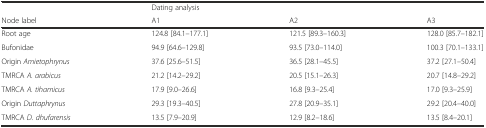
|  | <COLSPAN=3> Dating analysis |
 | Node label | A1 | A2 | A3 |
 | --- | --- | --- | --- |
 | Root age | 124.8 [84.1–177.1] | 121.5 [89.3–160.3] | 128.0 [85.7–182.1] |
 | Bufonidae | 94.9 [64.6–129.8] | 93.5 [73.0–114.0] | 100.3 [70.1–133.1] |
 | Origin Amietophrynus | 37.6 [25.6–51.5] | 36.5 [28.1–45.5] | 37.2 [27.1–50.4] |
 | TMRCA A. arabicus | 21.2 [14.2–29.2] | 20.5 [15.1–26.3] | 20.7 [14.8–29.2] |
 | TMRCA A. tihamicus | 17.9 [9.0–26.6] | 16.8 [9.3–25.4] | 17.0 [9.3–25.9] |
 | Origin Duttaphrynus | 29.3 [19.3–40.5] | 27.8 [20.9–35.1] | 29.2 [20.4–40.0] |
 | TMRCA D. dhufarensis | 13.5 [7.9–20.9] | 12.9 [8.2–18.6] | 13.5 [8.4–20.1] |